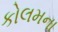
કોલમના